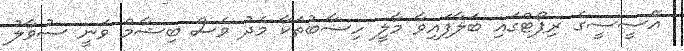
އޭސީސީގެ ރިޕޯޓްގައި ބަލާފައިވާ މާލީ ހިސާބުތަކާ މެދު ވެސް ބިޝާމް ވަނީ ސުވާލު